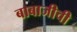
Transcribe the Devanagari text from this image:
बाबाजीची